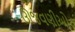
ઊજવણીઓ